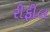
રીફીલ